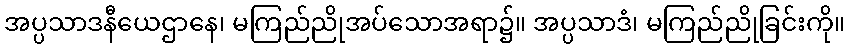
အပ္ပသာဒနီယေဌာနေ၊ မကြည်ညိုအပ်သောအရာ၌။ အပ္ပသာဒံ၊ မကြည်ညိုခြင်းကို။